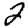
Digit: 2